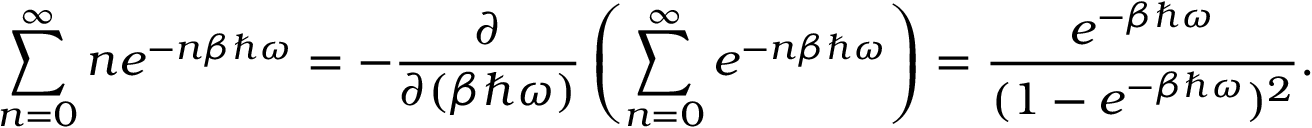
\sum _ { n = 0 } ^ { \infty } n e ^ { - n \beta \hbar \omega } = - { \frac { \partial } { \partial ( \beta \hbar \omega ) } } \left( \sum _ { n = 0 } ^ { \infty } e ^ { - n \beta \hbar \omega } \right) = { \frac { e ^ { - \beta \hbar \omega } } { ( 1 - e ^ { - \beta \hbar \omega } ) ^ { 2 } } } .